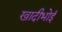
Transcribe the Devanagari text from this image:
खादीभोई